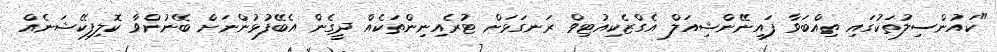
"ކައުންސިލުތަކުގައި ތިއްބަވާ ފައިނޭންޝިއަލް އެގްޒެކިއުޓިވް ރަނގަޅަށް ޓުރެއިނިންތަކެއް ދީގެން އެބޭފުޅުންނަށް ބޭނުންވާ ކޮލިފިކޭޝަނެއް